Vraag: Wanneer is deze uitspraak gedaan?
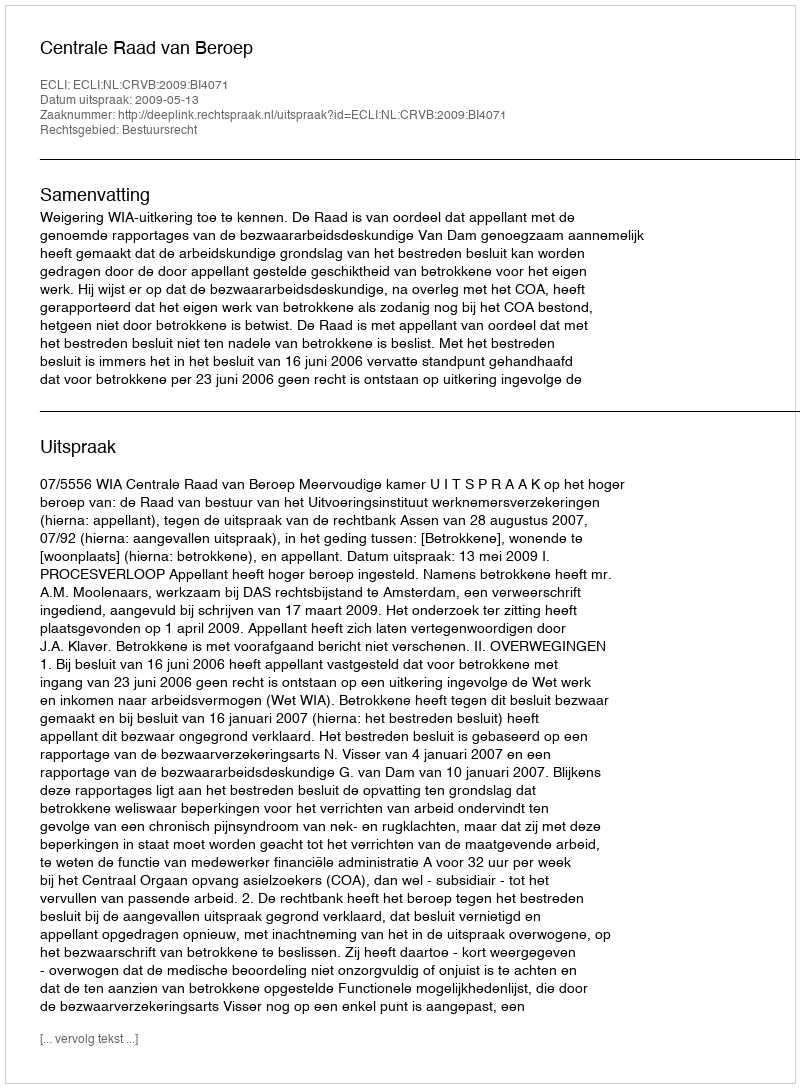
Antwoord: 2009-05-13